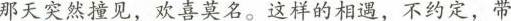
那天突然撞见，欢喜莫名。这样的相遇，不约定，带